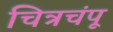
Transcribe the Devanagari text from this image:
चित्रचंपू